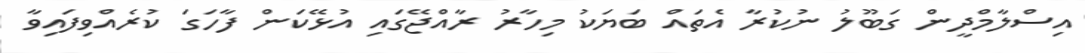
އިސްލާމްދީން ގަބޫލު ނުކުރާ އެތައް ބަޔަކު މިހާރު ރާއްޖޭގައި އުޅޭކަން ފާހަގަ ކުރެއްވިފައިވާ